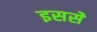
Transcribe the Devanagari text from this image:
इससेे